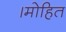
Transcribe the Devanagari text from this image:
।मोहित